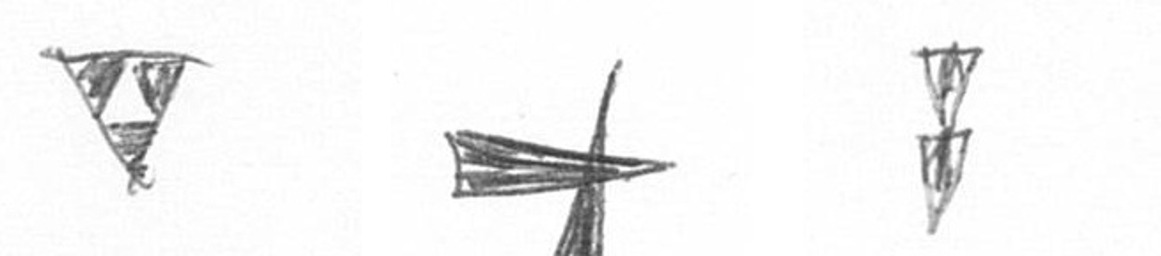
S G Z